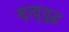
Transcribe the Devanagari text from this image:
मृत्युयुद्ध